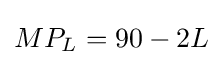
MP_{L}=90-2L